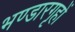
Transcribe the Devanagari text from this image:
भण्डारगृहों